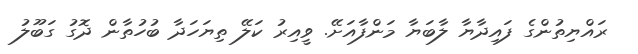
ރައްޔިތުންގެ ފައިދާޔާ ލާބަޔާ މަންފާއަށޭ. ވީއިރު ކަލޭ ތިޔަހަދާ ބުހުތާން ދޮގު ގަބޫލު